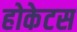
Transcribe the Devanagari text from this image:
होकेटस